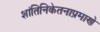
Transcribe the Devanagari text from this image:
शांतिनिकेतनाप्रमाणे